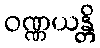
ဝဏ္ဏယန္တိ